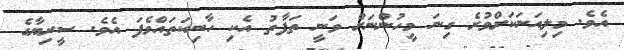
އެވެ. މިލިއަނަކަށްވުރެ ގިނަ މީހުންނަށް ވަނީ ތަފާތު އެކި ހާނިކަތައްވެފަ އެވެ. ސީރިޔާގެ